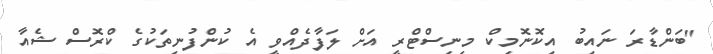
"ބަންޑާރަ ނައިބު އިކޮނޮމިކް މިނިސްޓްރީ އަށް ލަފާދެއްވީ އެ ކުންފުނިތަކުގެ ކްރޮސް ޝެއާ